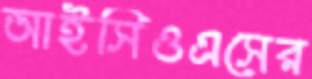
আইসিওএসের